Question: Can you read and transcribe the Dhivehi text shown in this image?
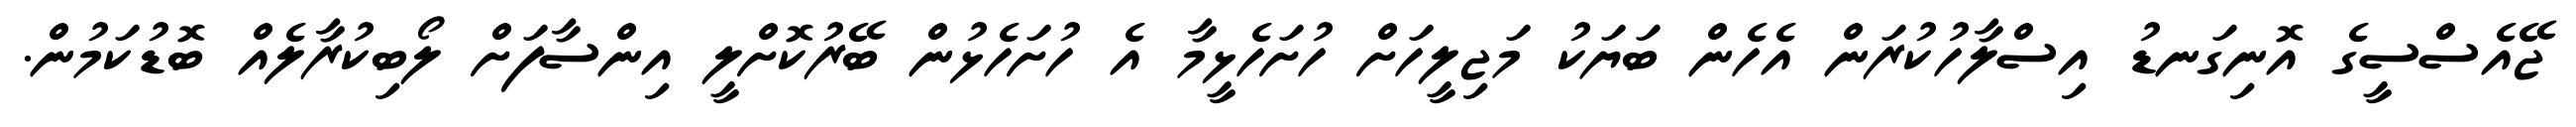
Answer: ޖޭއެސްސީގެ އޮނިގަނޑު އިސްލާހުކުރަން އެހެން ބަޔަކު މަޖިލީހަށް ހުށަހެޅީމާ އެ ހުށަހެޅުން ބޭރުކޮށްލީ އިންސާފަށް ލޯބިކުރާލެއް ބޮޑުކަމުން.